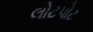
લોટપોટ